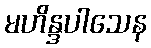
မဟိန္ဒပါသေန